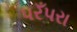
પરઁપરા